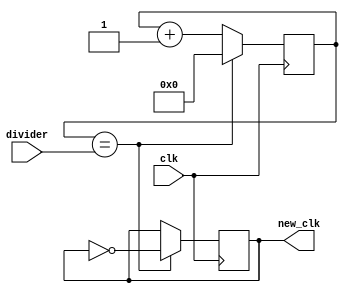
module i2cclock(
	input          clk,
   input [15:0]   divider,
	output reg     new_clk
);

reg [15:0]	counter;

always @(posedge clk) begin
	if(counter == divider) begin
		new_clk <= ~new_clk;
		counter <= 16'd0;
	end
	else
		counter <= counter + 1'b1;
end

endmodule